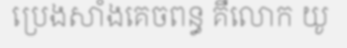
ប្រេងសាំងគេចពន្ធ គឺលោក យូ